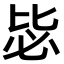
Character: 毖